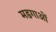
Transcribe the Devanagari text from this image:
मडगाओं